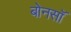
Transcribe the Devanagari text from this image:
बोनसॉ